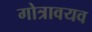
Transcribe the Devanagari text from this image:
गोत्रावयव